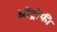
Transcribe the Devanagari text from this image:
ऑट्रोफी